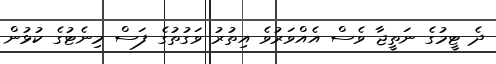
ދެ ޓީމުގެ ނަތީޖާ ވެސް އެއްވަރުވެ އިތުރު ވަގުތުގެ ފަސް މިނެޓުގެ ކުޅުން